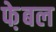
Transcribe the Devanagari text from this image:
फे़बल